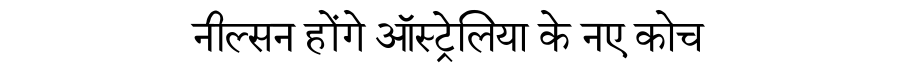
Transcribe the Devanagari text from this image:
नील्सन होंगे ऑस्ट्रेलिया के नए कोच